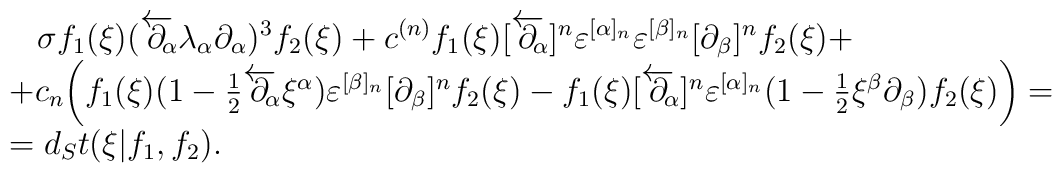
\begin{array}{l}\,\,\,\,\,\sigma f_1(\xi)(\overleftarrow\partial\!\!_\alpha\lambda_\alpha\partial_\alpha)^3f_2(\xi)+c^{(n)}f_1(\xi)[\overleftarrow\partial\!\!_\alpha]^n\varepsilon^{[\alpha]_n}\varepsilon^{[\beta]_n}[\partial_\beta]^nf_2(\xi)+ \\+c_n\biggl(f_1(\xi)(1-{1\over2}\overleftarrow\partial\!\!_\alpha\xi^\alpha)\varepsilon^{[\beta]_n}[\partial_\beta]^nf_2(\xi)-f_1(\xi)[\overleftarrow\partial\!\!_\alpha]^n\varepsilon^{[\alpha]_n}(1-{1\over2}\xi^\beta\partial_\beta)f_2(\xi)\biggr)= \\=d_St (\xi|f_1, f_2).\end{array}